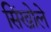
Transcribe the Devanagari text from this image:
सिंखोले